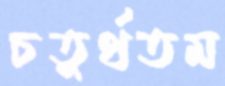
চতুর্থতম